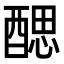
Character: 𨡾